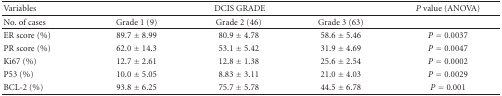
<table><thead><tr><td><b>Variables</b></td><td colspan="3"><b>DCIS GRADE</b></td><td><b><i>P</i> value (ANOVA)</b></td></tr></thead><tbody><tr><td>No. of cases</td><td>Grade 1 (9)</td><td>Grade 2 (46)</td><td> Grade 3 (63)</td><td></td></tr><tr><td>ER score (%)</td><td>89.7 ± 8.99</td><td>80.9 ± 4.78</td><td>58.6 ± 5.46</td><td><i>P</i> = 0.0037</td></tr><tr><td>PR score (%)</td><td>62.0 ± 14.3</td><td>53.1 ± 5.42</td><td>31.9 ± 4.69</td><td><i>P</i> = 0.0047</td></tr><tr><td>Ki67 (%)</td><td>12.7 ± 2.61</td><td>12.8 ± 1.38</td><td>25.6 ± 2.54</td><td><i>P</i> = 0.0002</td></tr><tr><td>P53 (%)</td><td>10.0 ± 5.05</td><td>8.83 ± 3.11</td><td>21.0 ± 4.03</td><td><i>P</i> = 0.0029</td></tr><tr><td>BCL-2 (%)</td><td>93.8 ± 6.25</td><td>75.7 ± 5.78</td><td>44.5 ± 6.78</td><td><i>P</i> = 0.001</td></tr></tbody></table>